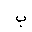
Letter: _ba